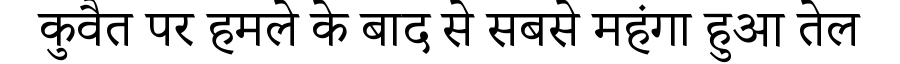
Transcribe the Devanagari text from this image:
कुवैत पर हमले के बाद से सबसे महंगा हुआ तेल